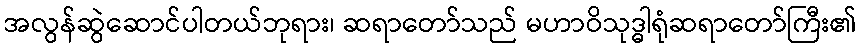
အလွန်ဆွဲဆောင်ပါတယ်ဘုရား၊ ဆရာတော်သည် မဟာဝိသုဒ္ဓါရုံဆရာတော်ကြီး၏